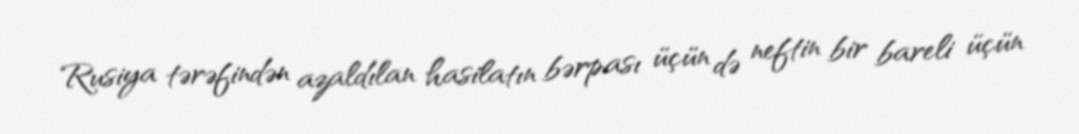
Rusiya tərəfindən azaldılan hasilatın bərpası üçün də neftin bir bareli üçün